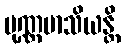
ပုဏ္ဏမာသိယန္တိ